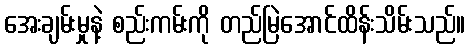
အေးချမ်းမှုနဲ့ စည်းကမ်းကို တည်မြဲအောင်ထိန်းသိမ်းသည်။